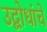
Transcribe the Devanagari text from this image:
उद्बोधांचे